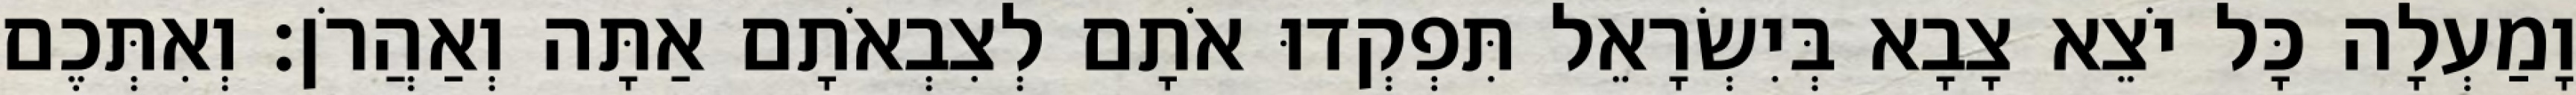
וָמַעְלָה כָּל יֹצֵא צָבָא בְּיִשְׂרָאֵל תִּפְקְדוּ אֹתָם לְצִבְאֹתָם אַתָּה וְאַהֲרֹן׃ וְאִתְּכֶם